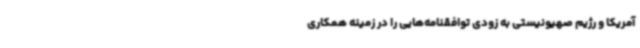
آمریکا و رژیم صهیونیستی به زودی توافقنامه‌هایی را در زمینه همکاری